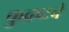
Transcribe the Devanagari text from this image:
फुकटचे